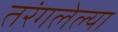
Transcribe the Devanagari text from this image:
तरंगलेल्या